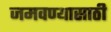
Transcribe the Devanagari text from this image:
जमवण्यासाठी